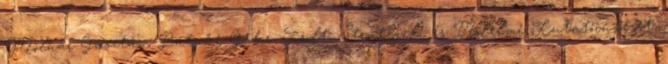
Molnár Gusztáv, Pataki Gábor Zsolt, Stratégiai és Védelmi Kutatóintézet,